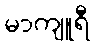
မာကျူရီ